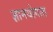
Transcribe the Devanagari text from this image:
ज्ञानयोगात